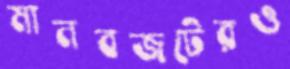
মানবজটেরও